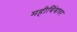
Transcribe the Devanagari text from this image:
महीबिंबावर